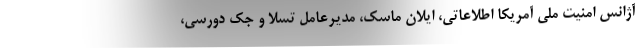
آژانس امنیت ملی آمریکا اطلاعاتی، ایلان ماسک، مدیرعامل تسلا و جک دورسی،